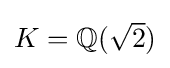
\textstyle K=\mathbb {Q} ({\sqrt {2}})